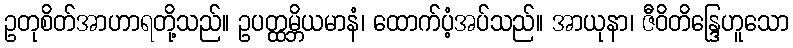
ဥတုစိတ်အာဟာရတို့သည်။ ဥပတ္ထမ္ဘိယမာနံ၊ ထောက်ပံ့အပ်သည်။ အာယုနာ၊ ဇီဝိတိန္ဒြေဟူသော